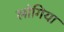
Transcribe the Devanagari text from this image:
लोगिया